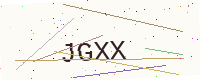
Text: JGXX